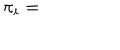
\pi _ { i } =